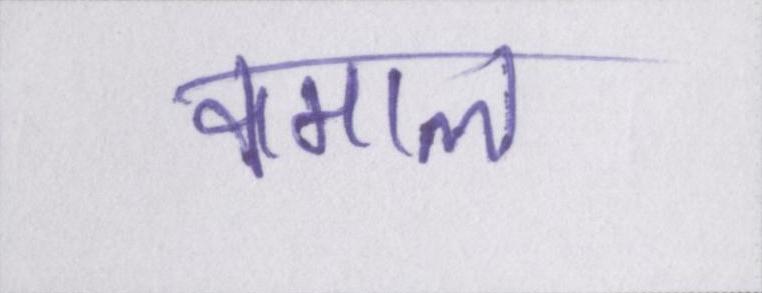
कमाल